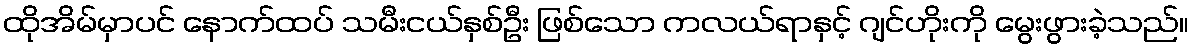
ထိုအိမ်မှာပင် နောက်ထပ် သမီးငယ်နှစ်ဦး ဖြစ်သော ကလယ်ရာနှင့် ဂျင်ဟိုးကို မွေးဖွားခဲ့သည်။